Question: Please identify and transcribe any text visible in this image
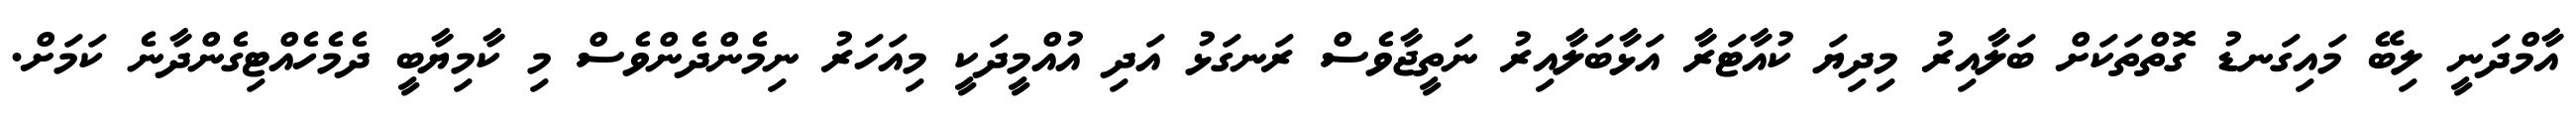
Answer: އާމްދަނީ ލިބޭ މައިގަނޑު ގޮތްތަކަށް ބަލާއިރު މިދިޔަ ކުއާޓަރާ އަޅާބަލާއިރު ނަތީޖާވެސް ރަނގަޅު އަދި އުއްމީދަކީ މިއަހަރު ނިމެންދެންވެސް މި ކާމިޔާބީ ދެމެހެއްޓިގެންދާނެ ކަމަށް.